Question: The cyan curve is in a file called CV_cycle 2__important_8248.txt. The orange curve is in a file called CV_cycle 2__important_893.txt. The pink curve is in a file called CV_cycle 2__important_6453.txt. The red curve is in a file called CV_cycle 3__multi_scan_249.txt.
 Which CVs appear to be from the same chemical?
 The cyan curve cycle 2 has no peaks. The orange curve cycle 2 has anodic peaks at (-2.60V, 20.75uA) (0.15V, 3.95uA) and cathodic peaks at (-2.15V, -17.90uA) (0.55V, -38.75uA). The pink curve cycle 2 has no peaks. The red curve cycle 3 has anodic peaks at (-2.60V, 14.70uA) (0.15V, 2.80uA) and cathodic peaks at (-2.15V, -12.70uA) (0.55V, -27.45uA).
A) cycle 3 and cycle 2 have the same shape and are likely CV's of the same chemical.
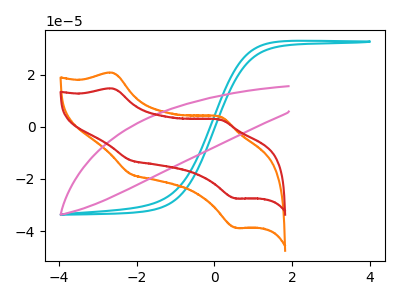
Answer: <think>"cycle 2" and "cycle 2" have a different number of peaks. Neither "cycle 2" or "cycle 2" have any peaks. "cycle 2" and "cycle 3" have a different number of peaks. "cycle 2" and "cycle 2" have a different number of peaks. All the peaks in "cycle 2" have a peak in "cycle 3" at the same potential. Every peak in "cycle 2" is higher than every peak in "cycle 3". "cycle 2" and "cycle 3" have a different number of peaks.
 </think>
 <answer>A) "cycle 3" and "cycle 2" have the same shape and are likely CV's of the same chemical.</answer>
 <eval>A</eval>